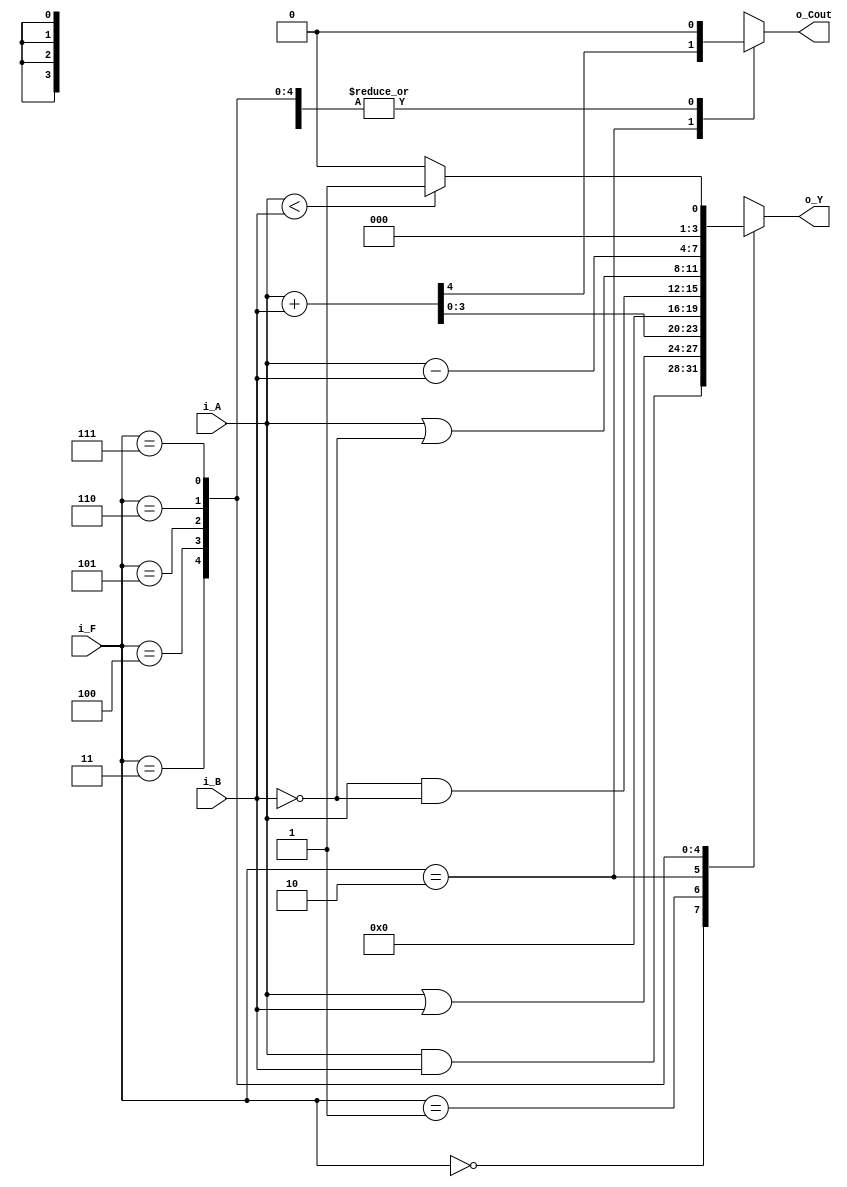
// ==================================================
//	[ ZARAM OJT. ]
//	* Author		: Seok Jin Son (sonsj98@zaram.com)
//	* Filename		: alu.v
//	* Date			: 2024-07-01 15:36:05
//	* Description	:
// ==================================================

module alu 
#(
	parameter BW_DATA = 4
)
(
	output	reg	[BW_DATA-1:0]	o_Y,
	output	reg					o_Cout,
	input		[BW_DATA-1:0]	i_A,
	input		[BW_DATA-1:0]	i_B,
	input		[2:0]			i_F
);
	

	always @ (*) begin
		o_Cout	= 0;
		case (i_F)
			3'b000 	: o_Y			= i_A & i_B;
			3'b001 	: o_Y 			= i_A | i_B;
			3'b010 	: {o_Cout, o_Y} = i_A + i_B;
			3'b011 	: o_Y 			= 0;
			3'b100 	: o_Y 			= i_A & ~i_B;
			3'b101 	: o_Y 			= i_A | ~i_B;
			3'b110 	: o_Y			= i_A - i_B;
			3'b111 	: o_Y			= (i_A < i_B) ? 1 : 0;
			default : o_Y			= 0;
		endcase
	end


endmodule